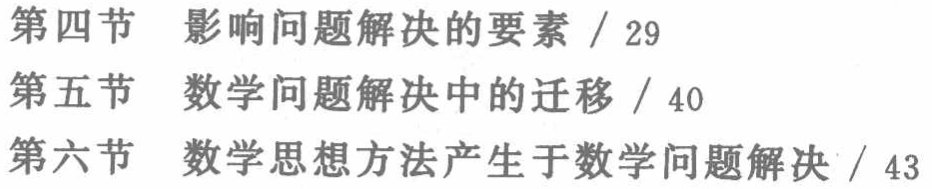
\begin{itemize}

\item 第四节 影响问题解决的要素 / 29

\item 第五节 数学问题解决中的迁移 / 40

\item 第六节 数学思想方法产生于数学问题解决 / 43

\end{itemize}